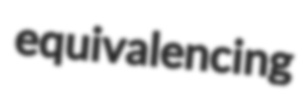
equivalencing